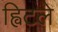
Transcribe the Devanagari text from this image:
ह्विटले